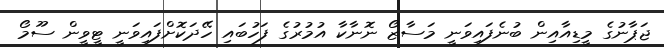
ޖަޕާނުގެ މީޑިއާއިން ބުނެފައިވަނީ މަސާޒޯ ނޮނާކާ އުމުރުގެ ފަހުބައި ހޭދަކޮށްފައިވަނީ ޓީވީން ސޫމޯ